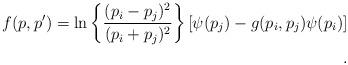
LaTeX: \begin{align*}f(p,p')=\ln\left\{\frac{(p_i-p_j)^2}{(p_i+p_j)^2}\right\}\left[ \psi(p_j)-g(p_i,p_j)\psi(p_i)\right]\\.\end{align*}